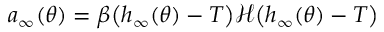
a _ { \infty } ( \theta ) = \beta \big ( h _ { \infty } ( \theta ) - T \big ) \mathcal { H } \big ( h _ { \infty } ( \theta ) - T \big )